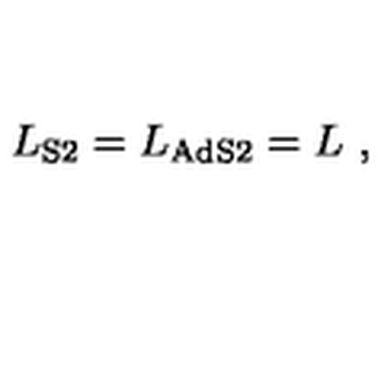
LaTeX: { L } _ { \mathrm { S 2 } } = { L } _ { \mathrm { A d S 2 } } = L \ ,